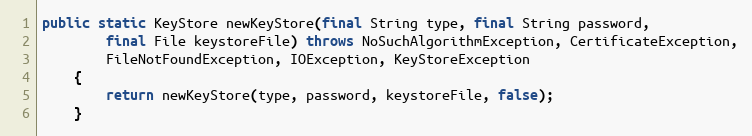
Language: Java
public static KeyStore newKeyStore(final String type, final String password,
		final File keystoreFile) throws NoSuchAlgorithmException, CertificateException,
		FileNotFoundException, IOException, KeyStoreException
	{
		return newKeyStore(type, password, keystoreFile, false);
	}